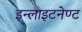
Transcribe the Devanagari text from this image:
इन्लाइटनेण्ट